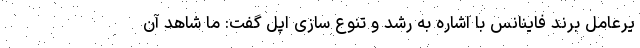
یرعامل برند فاینانس با اشاره به رشد و تنوع سازی اپل گفت: ما شاهد آن